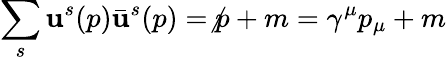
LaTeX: \sum_{s}\mathbf{u}^{s}(p){\bar{{\mathbf{u}}}}^{s}(p)=\not{p}+m=\gamma^{\mu}p_{\mu}+m